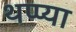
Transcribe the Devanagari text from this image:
थप्प्या